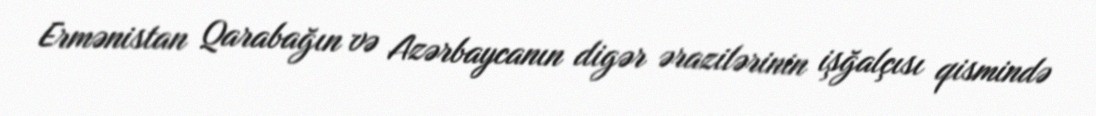
Ermənistan Qarabağın və Azərbaycanın digər ərazilərinin işğalçısı qismində